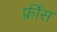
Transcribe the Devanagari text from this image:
फ्रींस